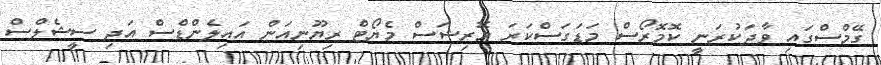
ގޭމްސްގައި ވާދަކުރަނީ ކޮމޮރޯސް މަޑަގަސްކަރަ މޮރިޝަސް މެޔޯޓް ރިޔޫނިއަން އައިލެންޑްސް އަދި ސީޝެލްސް